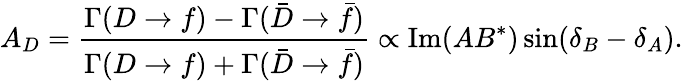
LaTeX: A_{D}=\frac{\Gamma(D\to f)-\Gamma({\bar{D}}\to{\bar{f}})}{\Gamma(D\to f)+\Gamma({\bar{D}}\to{\bar{f}})}\propto\mathrm{Im}(AB^{*})\sin(\delta_{B}-\delta_{A}).